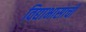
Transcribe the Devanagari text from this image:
विद्याभासाची